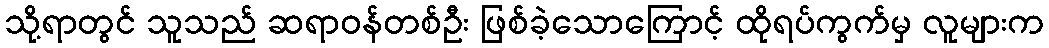
သို့ရာတွင် သူသည် ဆရာဝန်တစ်ဦး ဖြစ်ခဲ့သောကြောင့် ထိုရပ်ကွက်မှ လူများက